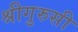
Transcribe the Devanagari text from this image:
श्रीगुरुसी